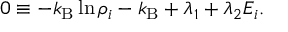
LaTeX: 0 \equiv - k _ { \mathrm { B } } \ln \rho _ { i } - k _ { \mathrm { B } } + \lambda _ { 1 } + \lambda _ { 2 } E _ { i } .